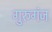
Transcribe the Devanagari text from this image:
गुरुगंज